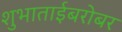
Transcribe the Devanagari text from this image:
शुभाताईबरोबर